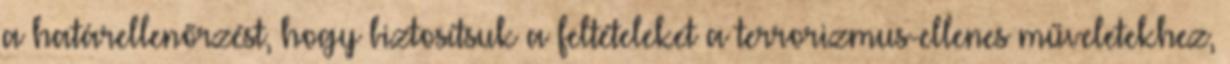
a határellenőrzést, hogy biztosítsuk a feltételeket a terrorizmus-ellenes műveletekhez,